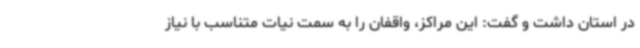
در استان داشت و گفت: این مراکز، واقفان را به سمت نیات متناسب با نیاز